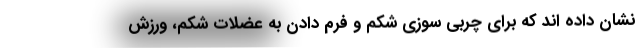
نشان داده اند که برای چربی سوزی شکم و فرم دادن به عضلات شکم، ورزش